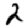
Digit: 2